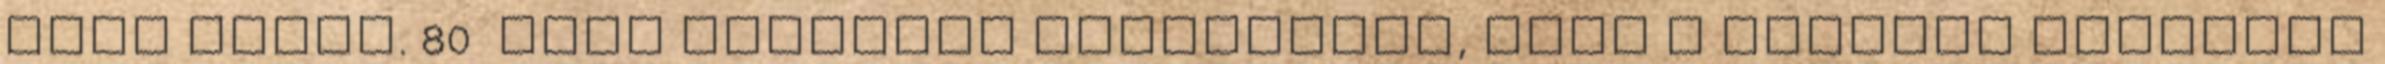
volt Athén. 80 Arra építette haditervét, hogy a háborút megelőző